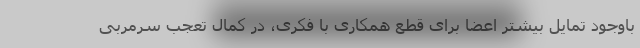
باوجود تمایل بیشتر اعضا برای قطع همکاری با فکری، در کمال تعجب سرمربی